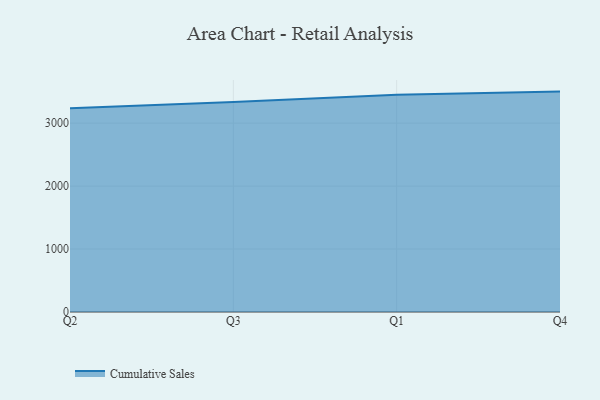
{"axis": {"x": "Quarter", "y": "Active Users"}, "legend": ["Cumulative Sales"], "data": [{"x": "Q2", "y": 3235.0, "type": "Cumulative Sales"}, {"x": "Q3", "y": 3337.2, "type": "Cumulative Sales"}, {"x": "Q1", "y": 3453.1, "type": "Cumulative Sales"}, {"x": "Q4", "y": 3501.2, "type": "Cumulative Sales"}]}